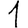
Digit: 1